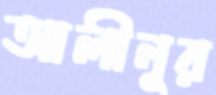
আলীনূর